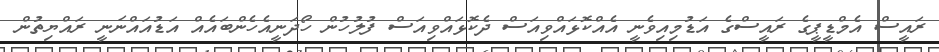
ރައީސް އެމްޑީޕީގެ ރައީސްގެ އަޑުމިއިވެނީ އެއްކޮޅައްވިއަސް ދެކޮޅައްވިއަސް ފުލުހުން ހޯދަނީއެހެންބައެއް އަޑުއައްނަނީ ރައްޔިތުން